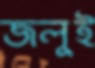
জলুই